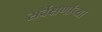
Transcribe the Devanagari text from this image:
सर्वेक्षणांच्या